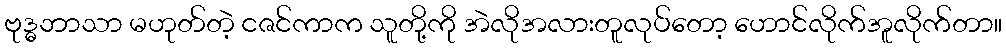
ဗုဒ္ဓဘာသာ မဟုတ်တဲ့ ငဇင်ကာက သူတို့ကို အဲလိုအလားတူလုပ်တော့ ဟောင်လိုက်အူလိုက်တာ။